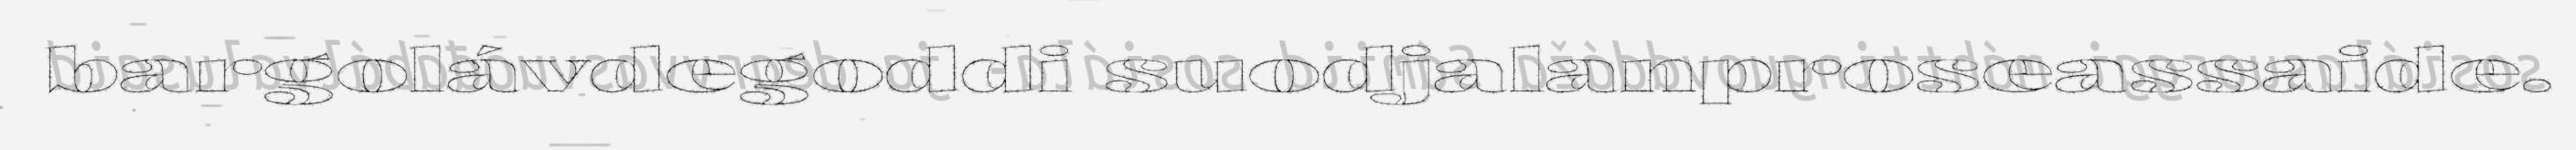
bargolávdegoddi suodjalanproseassaide.